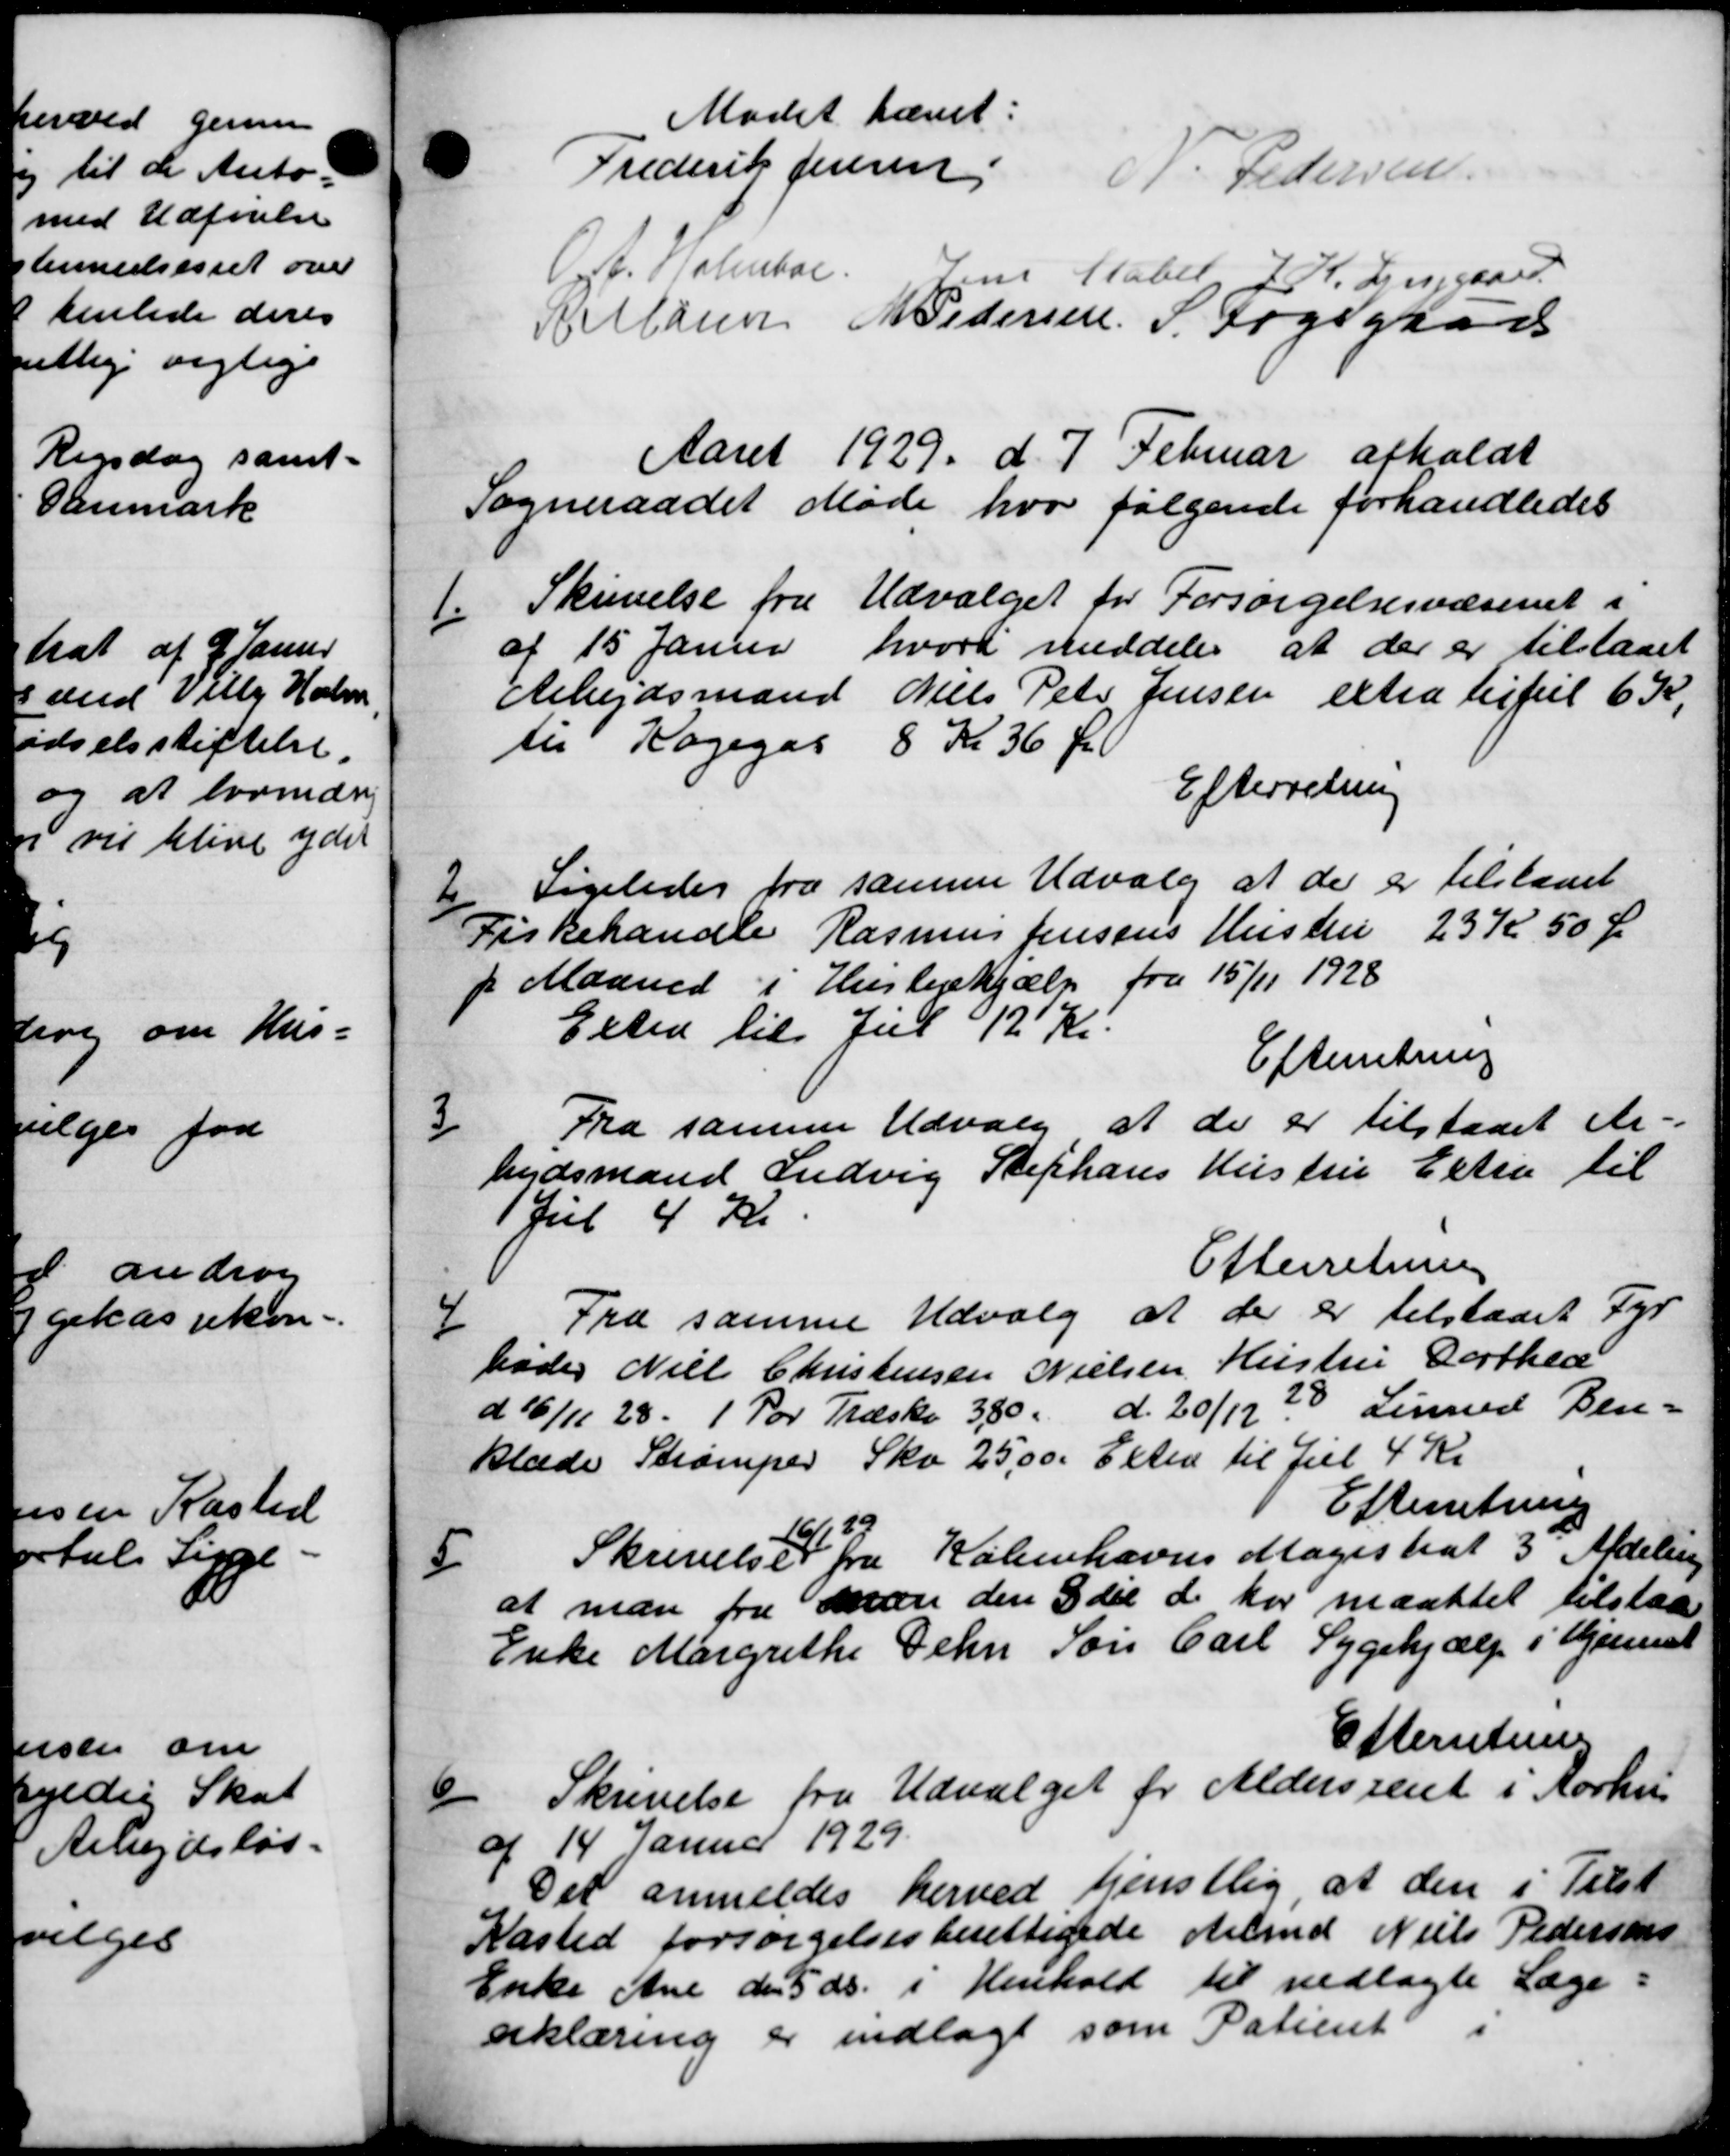
Transskription:
Mødet hævet.
Frederik Jensen P. Pedersen
A. Holmboe, Jens Mabel J. K. Luggaard
H. Clasen M Pedersen S. Fogsgaar
Aaret 1929 d. 7 Februar afholdt
Sogneraadet Møde hvor følgende forhandledes
1
Skrivelse fra Udvalget for Forsørgelsesvæsenet i
af 15 Januar hvori meddeles at der er tilstaaet
Arbejdsmand Niels Peter Jensen extra tiful 6 K
til Kagegas 8 Kr 36 Øre
Efterretning
2
Ligeledes fra samme Udvalg at der er tilstaaet
Fiskehandle Rasmus Jensens Hustru 23 Kr 50 Ør
2 Maaned i Huslejehjælp fra 15/11 1928
Ested til Jul 12 Kr.
Efterretning
3
Fra samme Udvalg at der er tilstaaet en-
bejdsmand Ludvig Stephans Hustru Extra til
1 Jul 4 Kr.
Efterretning
4
Fra samme Udvalg at der er tilstaaet Fyr
bøder Niels Christensen Nielsen, Hustru Dorthea
d 16/11 28. 1 Par Træsko 380. d. 20/12 28 Linned Ben-
klæde Strømper Sko 25,00. Elsted til Jul 4 Kr
Efterretning
5
Skrivelser
16/1 29
fra Københavns Magistrat 3 Afdeling
at man fra man den 3die d. har maattet tilstaae
Enke Margrethe Dehn Søn Carl Sygehjælp i Hjemmet
Efterretning

Skrivelse fra Udvalget for Aldersrent i Aarhus
af 14 Januar 1929.
Det anmeldes herved tjenstlig, at den i Tilst
Kasted forsørgelsesberettigede Arbmd Niels Pedersens
Enke Ane den 5 ds. i Henhold til vedlagte Læge=
erklæring er indlagt som Patient